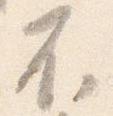
不